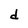
Character: d